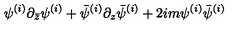
\psi ^ { ( i ) } \partial _ { \bar { z } } \psi ^ { ( i ) } + \bar { \psi } ^ { ( i ) } \partial _ { z } \bar { \psi } ^ { ( i ) } + 2 i m \psi ^ { ( i ) } \bar { \psi } ^ { ( i ) }